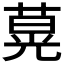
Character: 𦵽